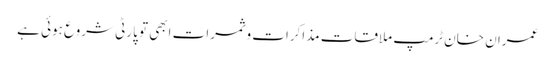
عمران خان ٹرمپ ملاقات مذاکرات و ثمرات ابھی تو پارٹی شروع ہوئی ہے